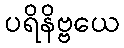
ပရိနိဗ္ဗယေ